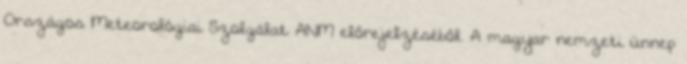
Országos Meteorológiai Szolgálat ANM előrejelzéséből. A magyar nemzeti ünnep